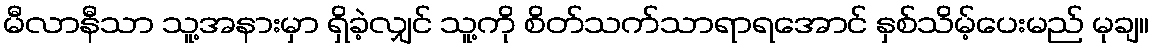
မီလာနီသာ သူ့အနားမှာ ရှိခဲ့လျှင် သူ့ကို စိတ်သက်သာရာရအောင် နှစ်သိမ့်ပေးမည် မုချ။